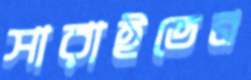
সারাইতেন